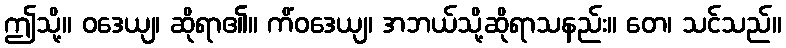
ဤသို့။ ဝဒေယျ၊ ဆိုရာ၏။ ကိံဝဒေယျ၊ အဘယ်သို့ဆိုရာသနည်း။ တေ၊ သင်သည်။